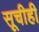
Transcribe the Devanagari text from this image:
सूचीही